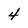
Character: 4